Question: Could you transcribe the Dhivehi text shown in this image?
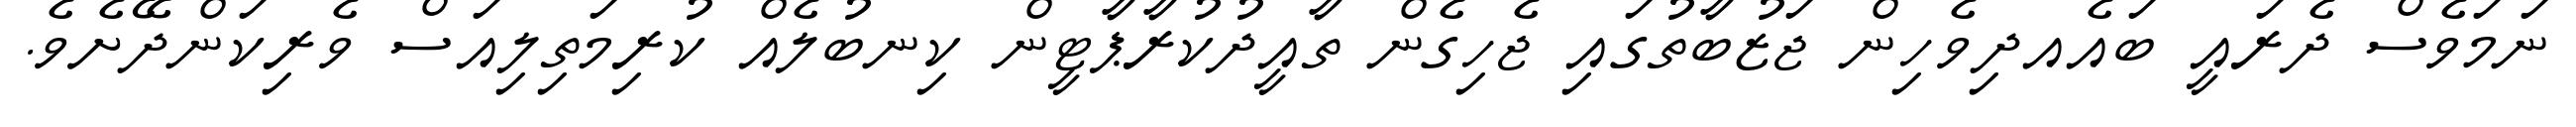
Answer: ނަމަވެސް ދެރައީ ބައެއދިވެހިން ޖަޒުބާތުގައި ޖެހިގެން ތާއީދުކުރާޕާޓީން ކިނބުލެއް ކުރިމަތިލިއަސް ވެރިކަންދޭށެވެ.